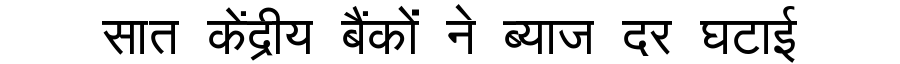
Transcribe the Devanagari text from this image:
सात केंद्रीय बैंकों ने ब्याज दर घटाई